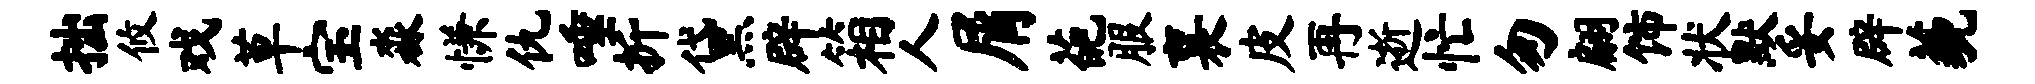
拙攸戏草宝淼慊仇唾折黛辟箱人屑葩服襄皮再逝忙匆翩饰状默妥辟藐